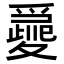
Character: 𡕽